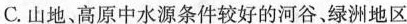
C.山地、高原中水源条件较好的河谷、绿洲地区